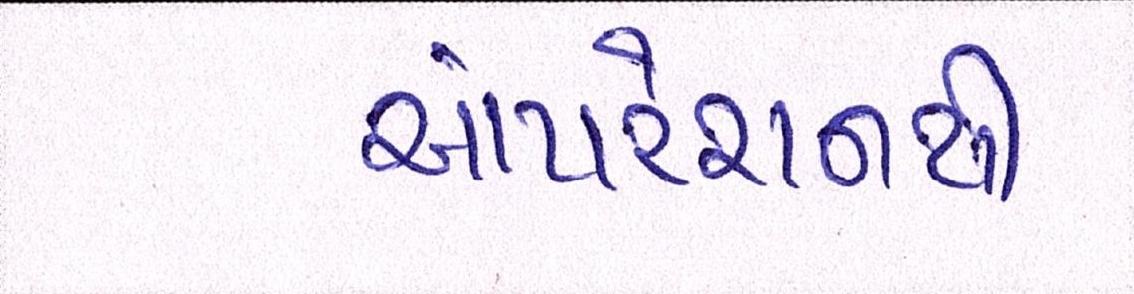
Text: ઓપરેશનથી